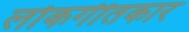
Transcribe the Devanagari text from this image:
लोकगीतकार